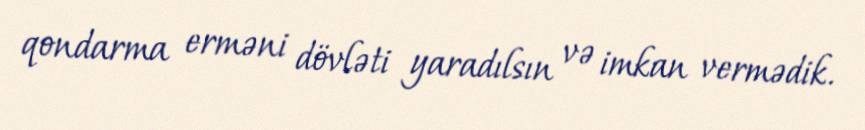
qondarma erməni dövləti yaradılsın və imkan vermədik.